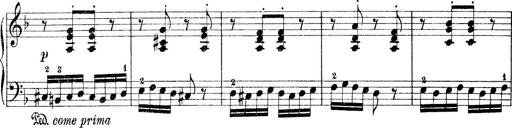
Title: Rapsodie: 19 ungheresi, 1 spagnuola
Composer: Franz Liszt